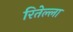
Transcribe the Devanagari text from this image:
रितेल्ला